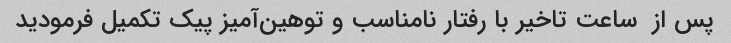
پس از  ساعت تاخیر با رفتار نامناسب و توهین‌آمیز پیک تکمیل فرمودید